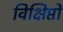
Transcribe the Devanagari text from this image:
विक्षिप्तों